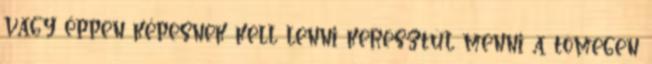
vagy éppen képesnek kell lenni keresztül menni a tömegen